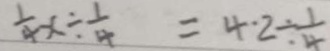
\frac { 1 } { 4 } x \div \frac { 1 } { 4 } = 4 \cdot 2 \div \frac { 1 } { 4 }